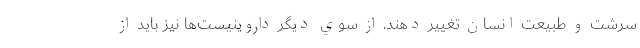
سرشت و طبيعت انسان تغيير دهند. از سوي ديگر داروينيست‌ها نيز بايد از